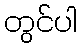
တွင်ပါ